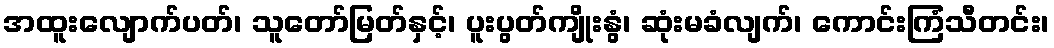
အထူးလျောက်ပတ်၊ သူတော်မြတ်နှင့်၊ ပူးပွတ်ကျိုးနွံ၊ ဆုံးမခံလျက်၊ ကောင်းကြံသီတင်း၊